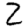
Digit: 2